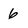
Character: 6